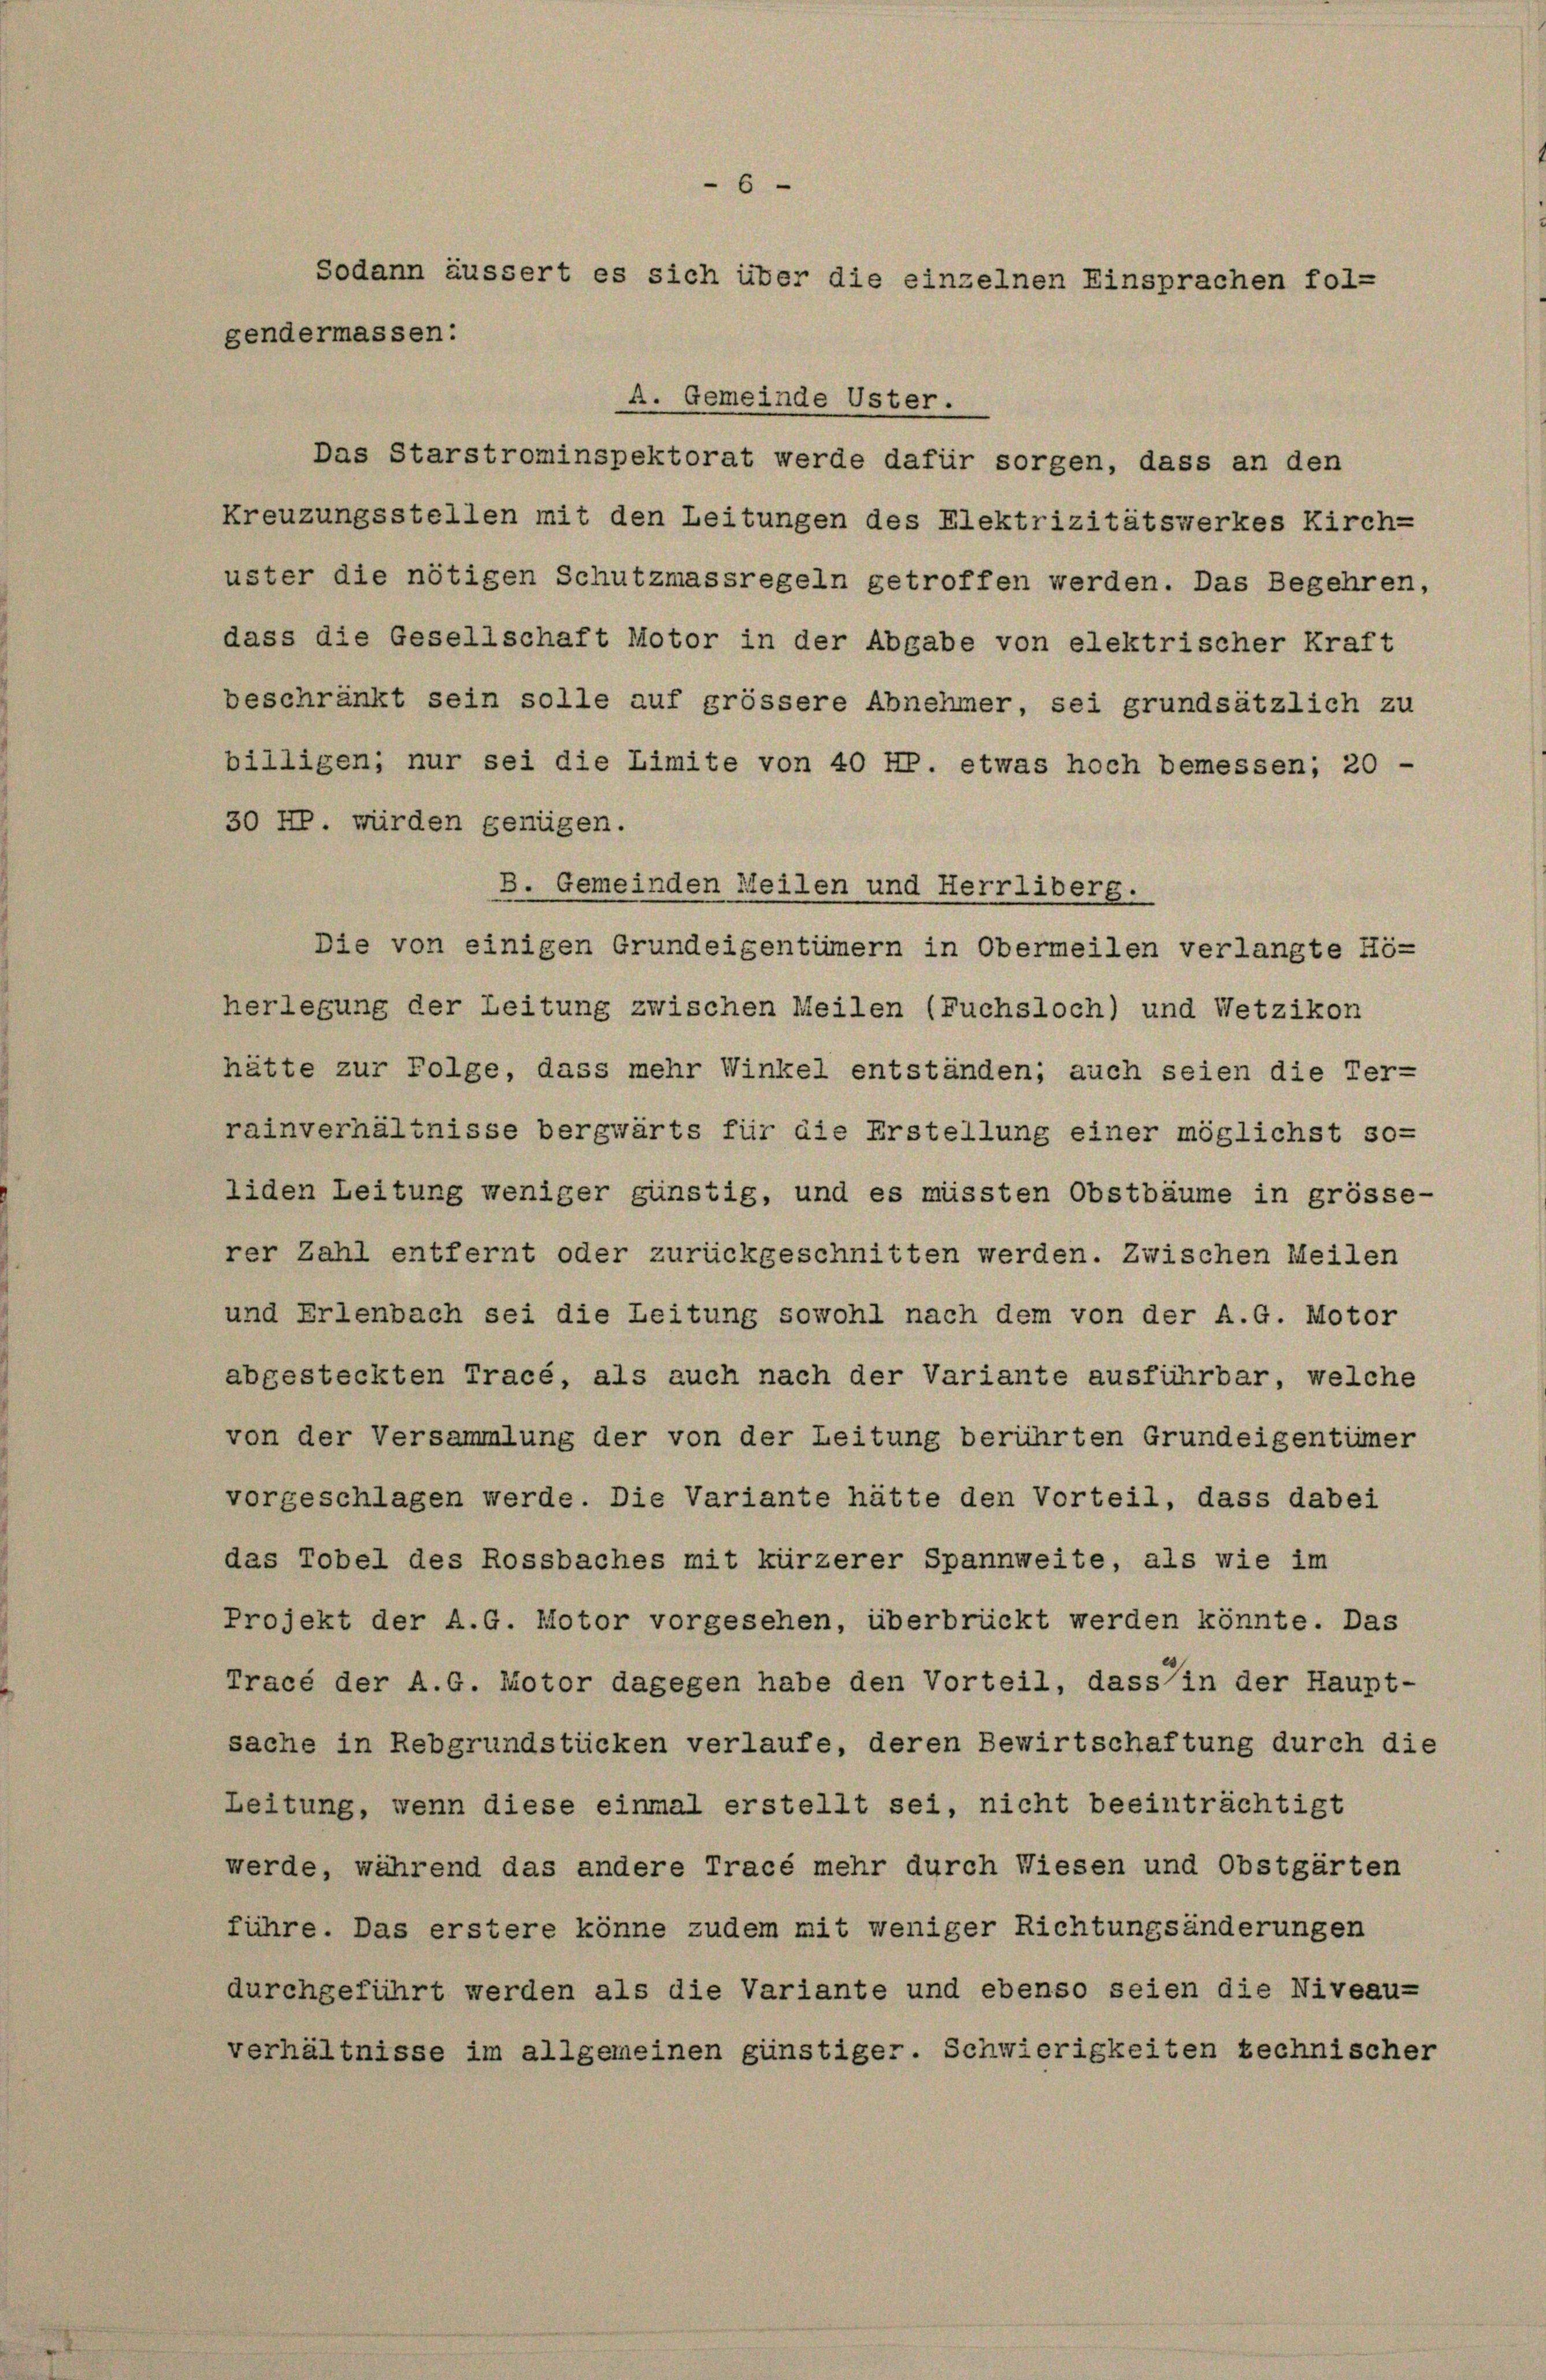
6
Sodann äussert es sich über die einzelnen Einsprachen fol-
gendermassen:

A. Gemeinde Uster.
Das Starstrominspektorat werde dafür sorgen, dass an den
Kreuzungsstellen mit den Leitungen des Elektrizitätswerkes Kirch-
uster die nötigen Schutzmassregeln getroffen werden. Das Begehren,
dass die Gesellschaft Motor in der Abgabe von elektrischer Kraft
beschränkt sein solle auf grössere Abnehmer, sei grundsätzlich zu
billigen; nur sei die Limite von 40 HP. etwas hoch bemessen; 20 -
30 HP. würden genügen.
B. Gemeinden Meilen und Herrliberg.
Die von einigen Grundeigentümern in Obermeilen verlangte Hö-
herlegung der Leitung zwischen Meilen (Fuchsloch) und Wetzikon
hätte zur Folge, dass mehr Winkel entständen; auch seien die Ter-
rainverhältnisse bergwärts für die Erstellung einer möglichst so-
liden Leitung weniger günstig, und es müssten Obstbäume in grösse-
rer Zahl entfernt oder zurückgeschnitten werden. Zwischen Meilen
und Erlenbach sei die Leitung sowohl nach dem von der A.G. Motor
abgesteckten Tracé, als auch nach der Variante ausführbar, welche
von der Versammlung der von der Leitung berührten Grundeigentümer
vorgeschlagen werde. Die Variante hätte den Vorteil, dass dabei
das Tobel des Rossbaches mit kürzerer Spannweite, als wie im
Projekt der A.G. Motor vorgesehen, überbrückt werden könnte. Das
Tracé der A. G. Motor dagegen habe den Vorteil, dass in der Haupt-
sache in Rebgrundstücken verlaufe, deren Bewirtschaftung durch die
Leitung, wenn diese einmal erstellt sei, nicht beeinträchtigt
werde, während das andere Tracé mehr durch Wiesen und Obstgärten
führe. Das erstere könne zudem mit weniger Richtungsänderungen
durchgeführt werden als die Variante und ebenso seien die Niveau-
verhältnisse im allgemeinen günstiger. Schwierigkeiten technischer